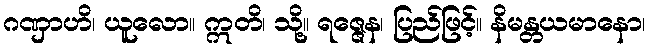
ဂဏှာဟိ၊ ယူလော။ ဣတိ၊ သို့။ ရဇ္ဇေန၊ ပြည်ဖြင့်။ နိမန္တယမာနော၊